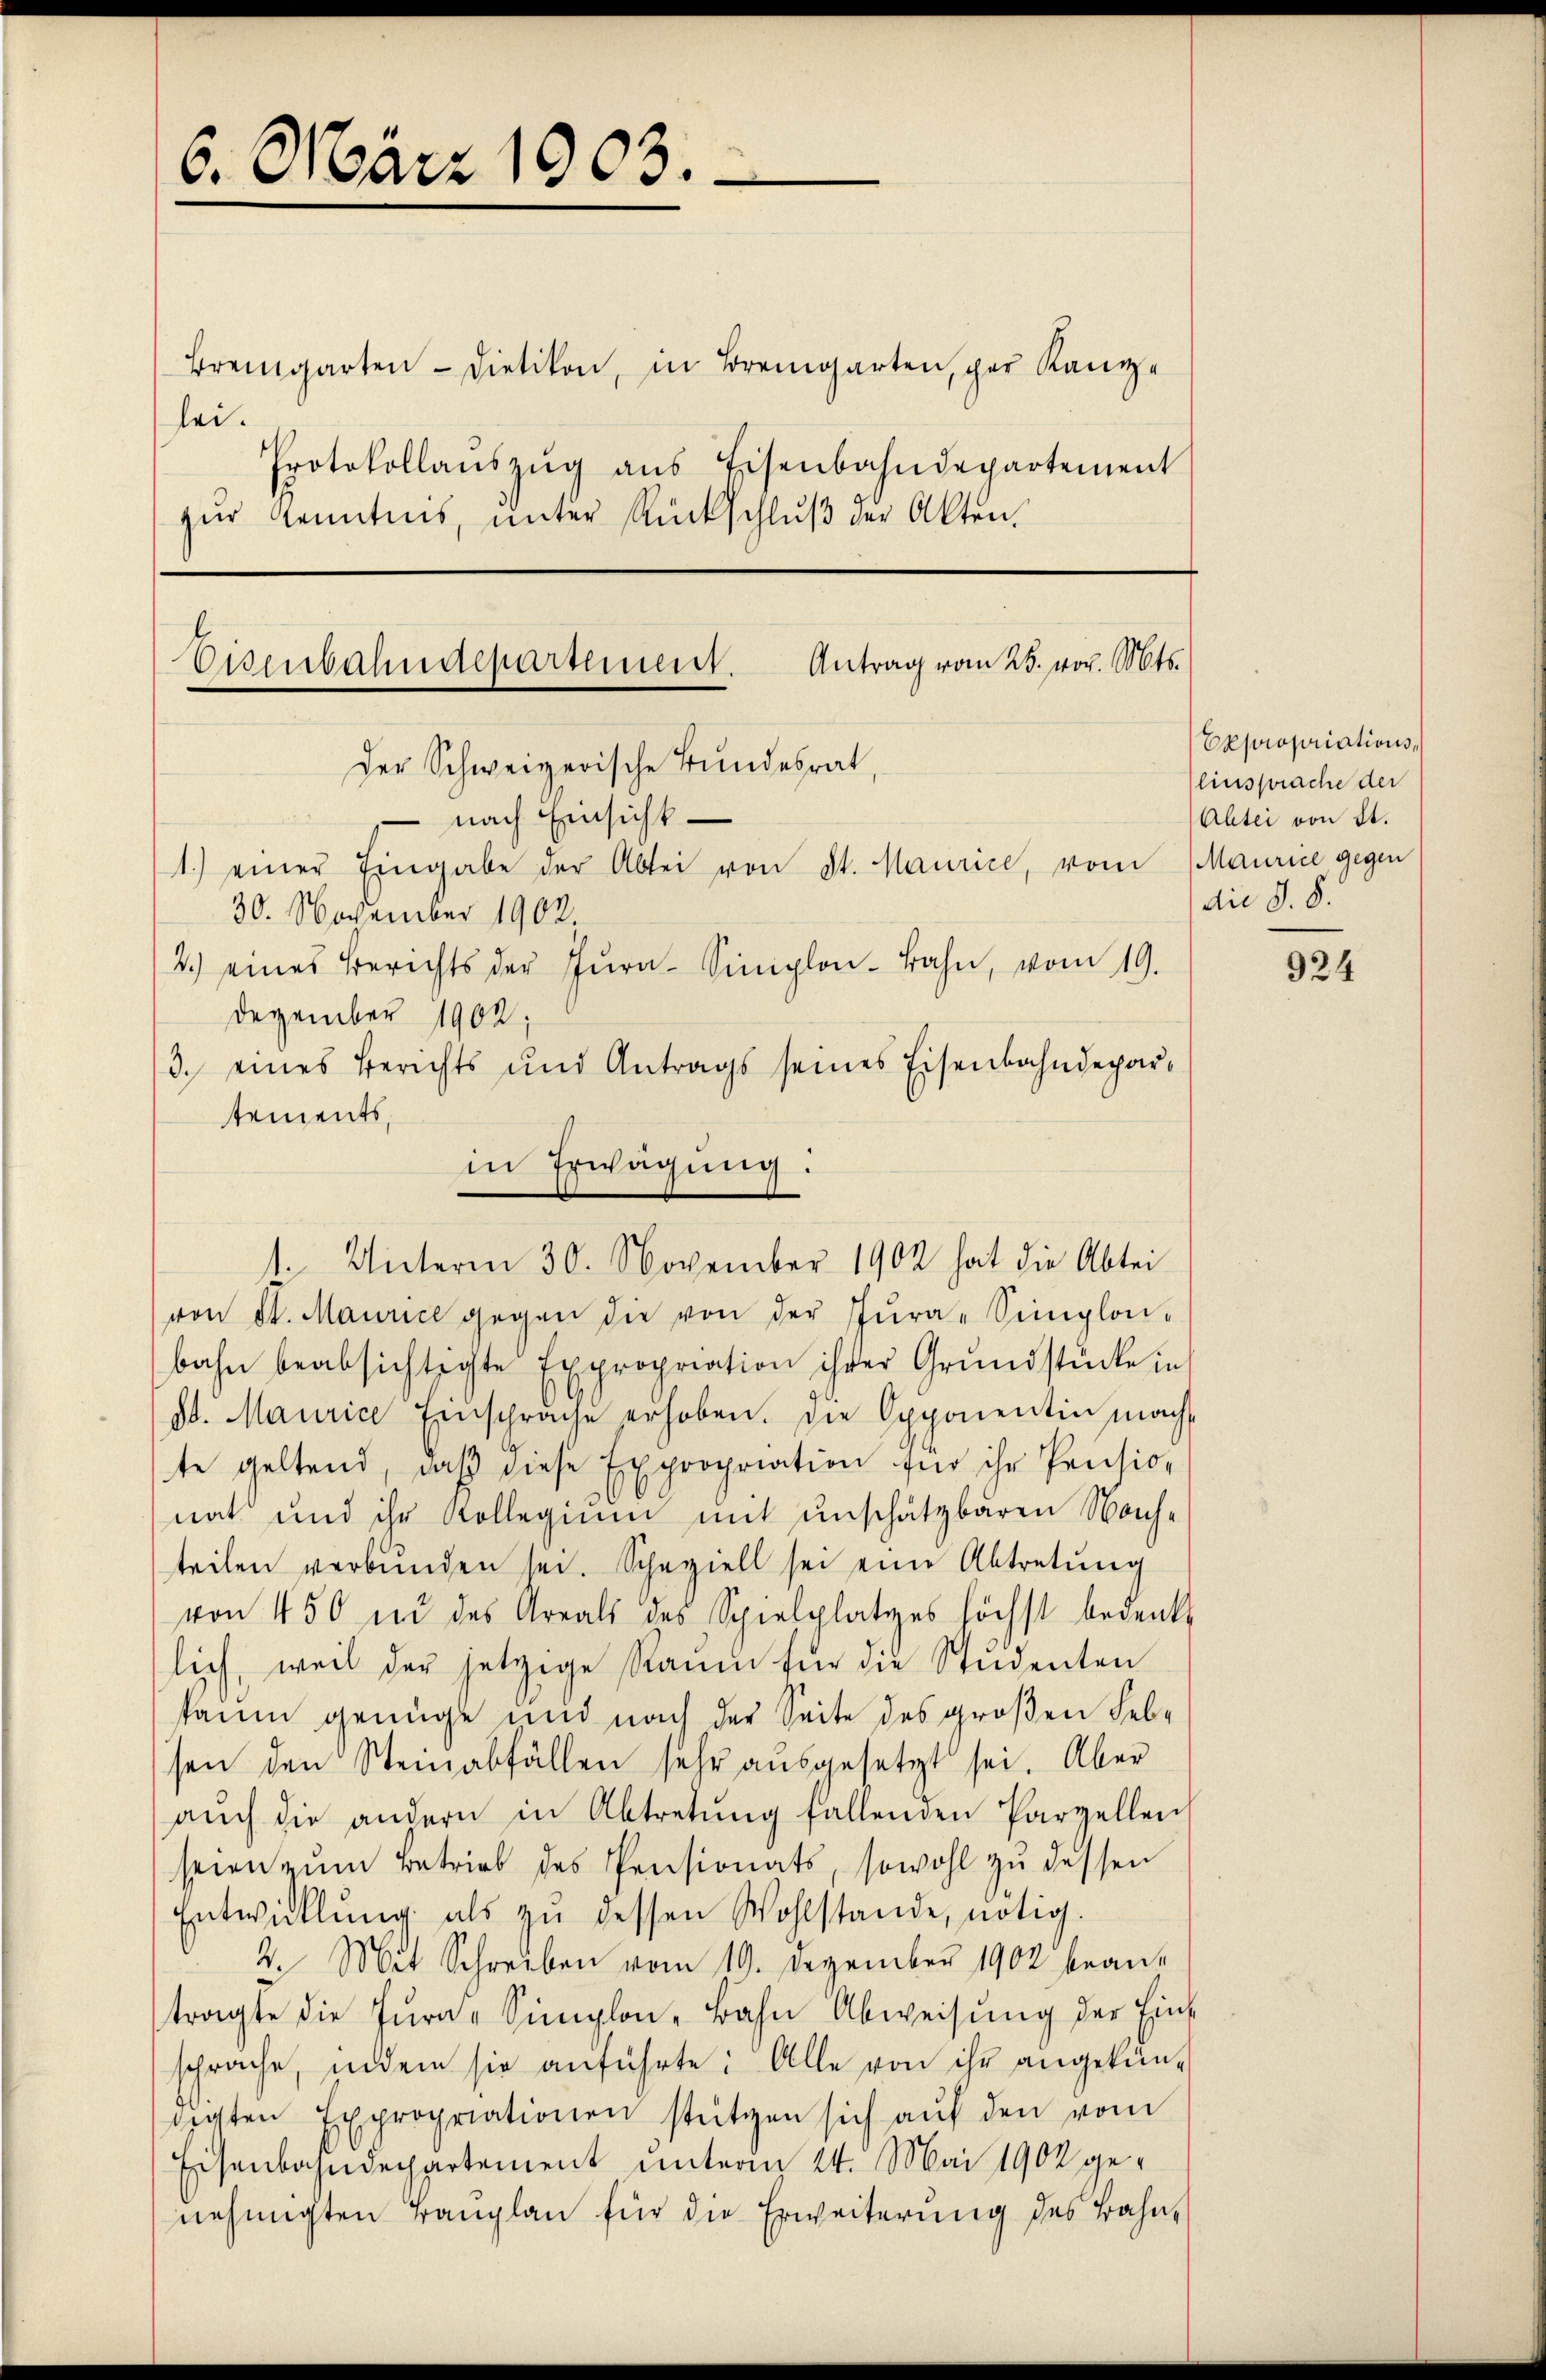
6. März 1903.

Bremgarten - Dietikon, in Bremgarten, der Kanzlei.
Protokollaŭszŭg ans Eisenbahndepartement

zur Kenntnis, unter Rückschluß der Akten.

Eisenbahndepartement. Antrag vom 25. vor. Mts.
Der Schweizerische Bundesrat,

30. November 1902
von St. Maurice gegen die von der Jŭra-Simplon-
bahn beabsichtigte Expropriation ihrer Grundstücke in
St. Maurice Einsprache erhoben. Die Opponentin mach
te geltend, daβ diese Expropriation für ihr Pension
nat und ihr Kollegium mit unschätzbaren Nachteilen verbŭnden sei. Scheziell sei eine Abtretŭng
von 450 in des Areals des Spielplatzes höchst bedenk
lich, weil der jetzige Raŭm für die Studenten
kaum genüge und nach der Seite des großen Febsen den Steinabfällen sehr aŭsgesetzt sei. Aber
aŭch die andern in Abtretŭng fallenden Parzellen
seien zum Betrieb des Pensionats, sowohl zu dessen
Entwicklung als zŭ dessen Wohlstande, nötig.
2. Mit Schreiben vom 19. Dezember 1902 bean-
tragte die Fŭra-Simplon-Bahn Abweisŭng der Ein-
sprache, indem sie anführte: Alle von ihr angekündigten Expropriationen stützen sich aŭf den vom
Eisenbahndepartement unterm 24. Mai 1904 genehmigten Tanplan für die Erweiterung des Bahn¬

nach Einsicht
1.) einer Eingabe der Abtei von St. Maurice, vom Maurice gegen
2.) eines Berichts der Tŭra-Simplon-Bahn, vom 19.

Dezember 1902,
3. eines Berichts und Antrags seines Eisenbahndepartements,
in Erwägung:
1. Unterm 30. November 1902 hat die Abtei

Expropriationslinsprache der
Abtei von St.
die §. 8.

924